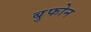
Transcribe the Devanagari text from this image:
बुफोन